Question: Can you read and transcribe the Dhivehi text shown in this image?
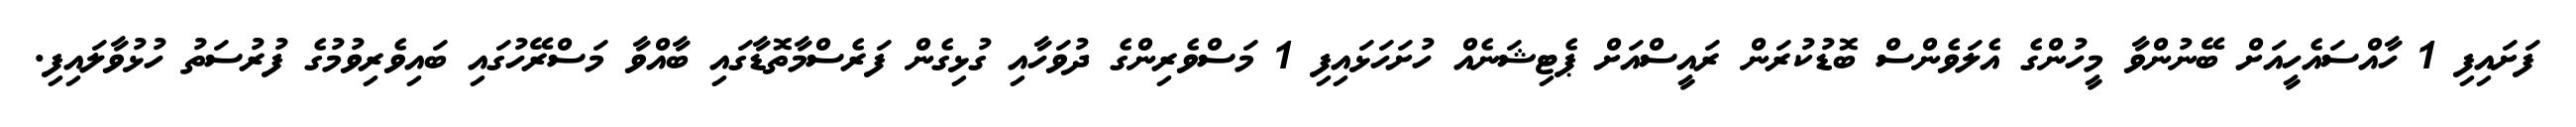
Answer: ފަށައިފި 1 ހާއްސައެހީއަށް ބޭނުންވާ މީހުންގެ އެލަވެންސް ބޮޑުކުރަން ރައީސްއަށް ޕެޓިޝަނެއް ހުށަހަޅައިފި 1 މަސްވެރިންގެ ދުވަހާއި ގުޅިގެން ފަރެސްމާތޮޑާގައި ބާއްވާ މަސްރޭހުގައި ބައިވެރިވުމުގެ ފުރުސަތު ހުޅުވާލައިފި.